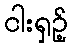
ငါးရှဉ့်